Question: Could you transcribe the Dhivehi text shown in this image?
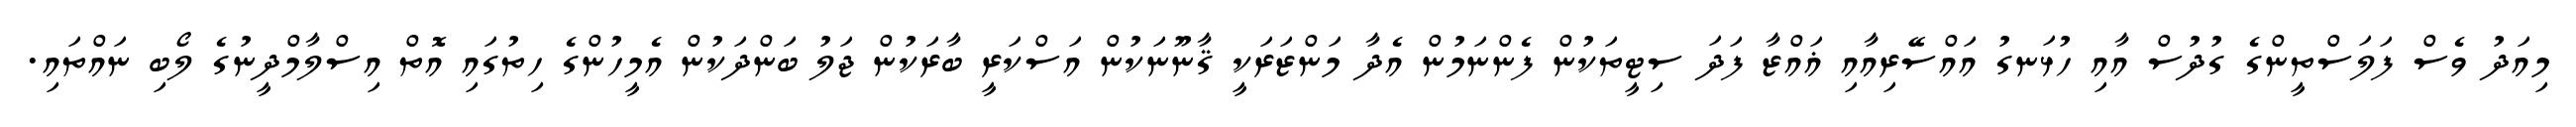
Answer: މިއަދު ވެސް ފަލަސްތީންގެ ގުދުސް އާއި ހުޅަނގު އައްސޭރިއާއި ޣައްޒާ ފަދަ ސިޓީތަކުން ފެންނަމުން އެދާ މަންޒަރަކީ ޤާނޫނަކުން އަސްކަރީ ބާރަކުން ޖަލު ބަންދަކުން އެމީހުންގެ ހިތުގައި އޮތް އިސްލާމްދީނުގެ ލޯބި ނައްތައި.